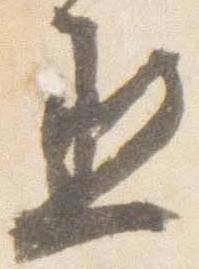
丞